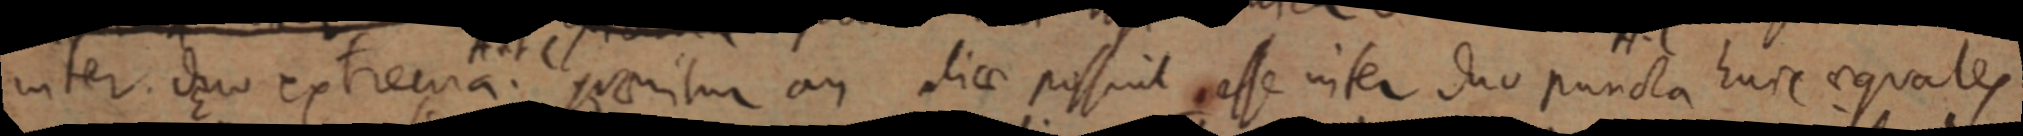
inter duo extrema. quaeritur an aliae possint esse inter duo puncta hunc aequales